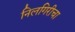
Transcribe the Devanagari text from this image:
निलगिरीचा